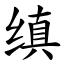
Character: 缜